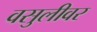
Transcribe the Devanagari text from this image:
वसुलीवर